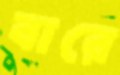
বারে